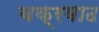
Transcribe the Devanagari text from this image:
चक्रवाढ